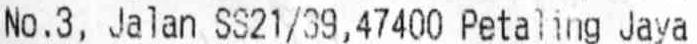
NO.3, JALAN SS21/39, 47400 PETALING JAYA